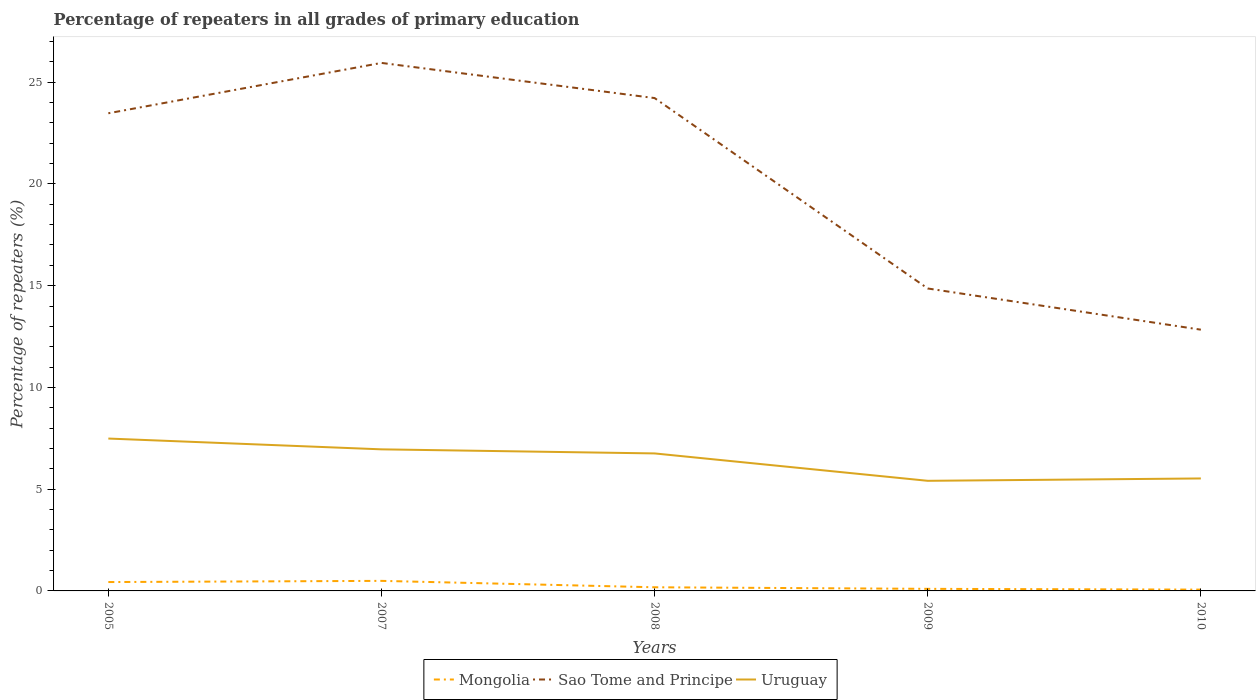
| Years | Mongolia | Sao Tome and Principe | Uruguay |
 | --- | --- | --- | --- |
 | 2005 | 0.436 | 23.5 | 7.49 |
 | 2007 | 0.494 | 25.9 | 6.96 |
 | 2008 | 0.179 | 24.2 | 6.76 |
 | 2009 | 0.102 | 14.9 | 5.41 |
 | 2010 | 0.0642 | 12.8 | 5.53 |